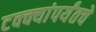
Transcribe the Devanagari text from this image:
टक्क्यांपर्यंतचे